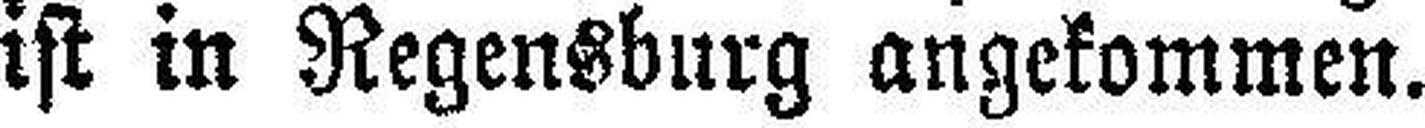
ist in Regensburg angekommen.